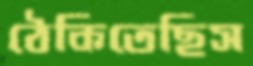
ঠেকিতেছিস